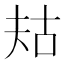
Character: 𫯤